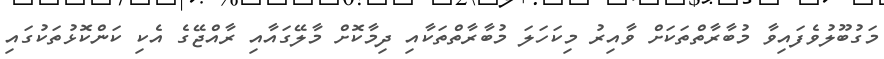
މަގުބޫލުވެފައިވާ މުބާރާތްތަކަށް ވާއިރު މިކަހަލަ މުބާރާތްތަކާއި ދިމާކޮށް މާލޭގައާއި ރާއްޖޭގެ އެކި ކަންކޮޅުތަކުގައި